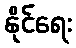
နိုင်ရေး